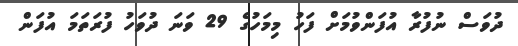
ދުވަސް ނުފުރާ އުފަންވުމަށް ފަހު މިމަހުގެ 29 ވަނަ ދުވަހު ފުރަތަމަ އުފަން